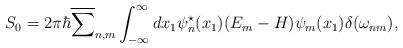
LaTeX: \begin{align*}S_0 = 2{\pi}{\hbar} \overline{\sum}_{n,m} \int_{-\infty}^{\infty}dx_1 {\psi}^{\star}_n(x_1) (E_m-H) {\psi}_m(x_1) \delta({\omega}_{nm}),\end{align*}